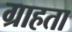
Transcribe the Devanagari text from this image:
ग्राहता